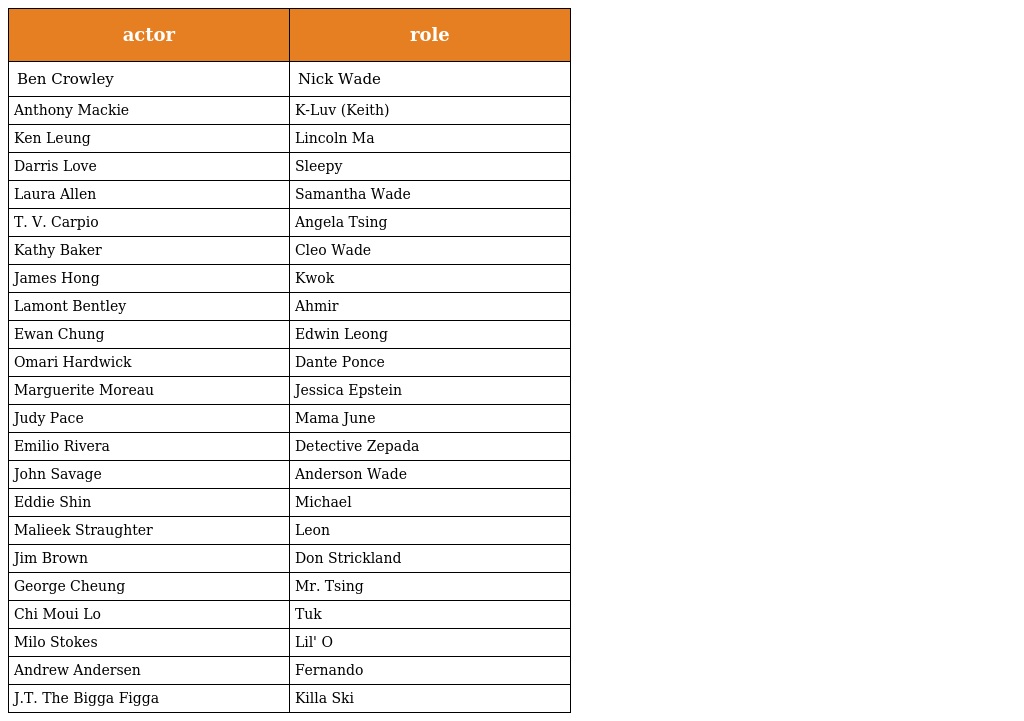
| actor | role |
 | --- | --- |
 | Ben Crowley | Nick Wade |
 | Anthony Mackie | K-Luv (Keith) |
 | Ken Leung | Lincoln Ma |
 | Darris Love | Sleepy |
 | Laura Allen | Samantha Wade |
 | T. V. Carpio | Angela Tsing |
 | Kathy Baker | Cleo Wade |
 | James Hong | Kwok |
 | Lamont Bentley | Ahmir |
 | Ewan Chung | Edwin Leong |
 | Omari Hardwick | Dante Ponce |
 | Marguerite Moreau | Jessica Epstein |
 | Judy Pace | Mama June |
 | Emilio Rivera | Detective Zepada |
 | John Savage | Anderson Wade |
 | Eddie Shin | Michael |
 | Malieek Straughter | Leon |
 | Jim Brown | Don Strickland |
 | George Cheung | Mr. Tsing |
 | Chi Moui Lo | Tuk |
 | Milo Stokes | Lil' O |
 | Andrew Andersen | Fernando |
 | J.T. The Bigga Figga | Killa Ski |